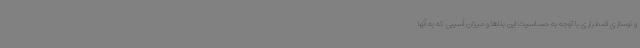
و نوسازی اضطراری با توجه به حساسیت این بناها و میزان آسیبی که به آنها